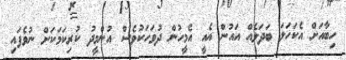
ހިބާއަށް އެކަހަލަ ބަދަލެއް އައުން އެއީ އެމީހުން ދުވަހަކުވެސް އުންމީދު ކުރިކަމަކަށް ނުވެފައި